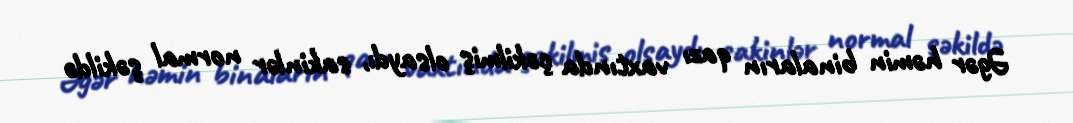
Əgər həmin binaların qazı vaxtında çəkilmiş olsaydı, sakinlər normal şəkildə